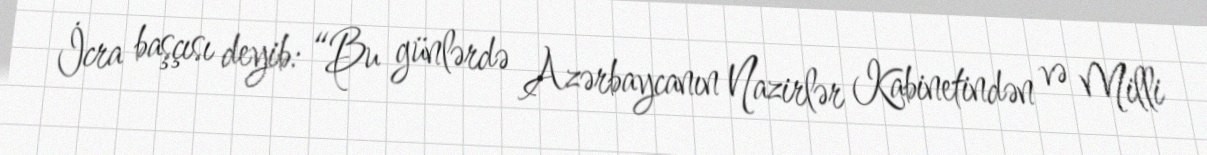
İcra başçısı deyib: “Bu günlərdə Azərbaycanın Nazirlər Kabinetindən və Milli